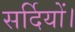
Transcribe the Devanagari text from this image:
सर्दियों।